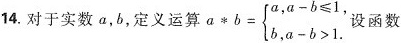
14.对于实数a，b，定义运算 $$a \ast b = \left\{ \begin {matrix} a , a - b ≤ 1 ,\\ b , a - b > 1 . \end {matrix} \right. $$ 设函数